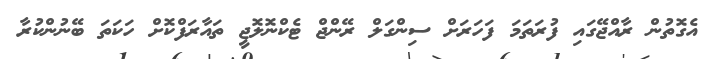
އެގޮތުން ރާއްޖޭގައި ފުރަތަމަ ފަހަރަށް ސިންގަލް ރޭންޖް ޓެކްނޮލޮޖީ ތައާރަފްކޮށް ހަކަތަ ބޭނުންކުރާ